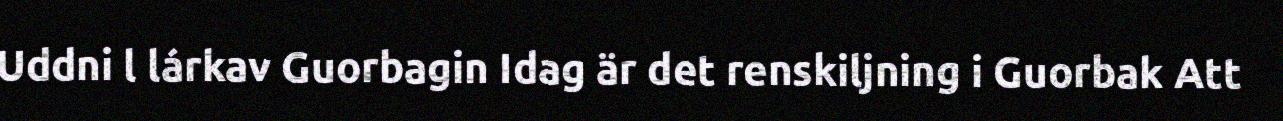
Uddni l lárkav Guorbagin Idag är det renskiljning i Guorbak Att